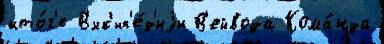
ито́г'е В'ик'ип'е́д'иjи В'ейвода Кома́нда